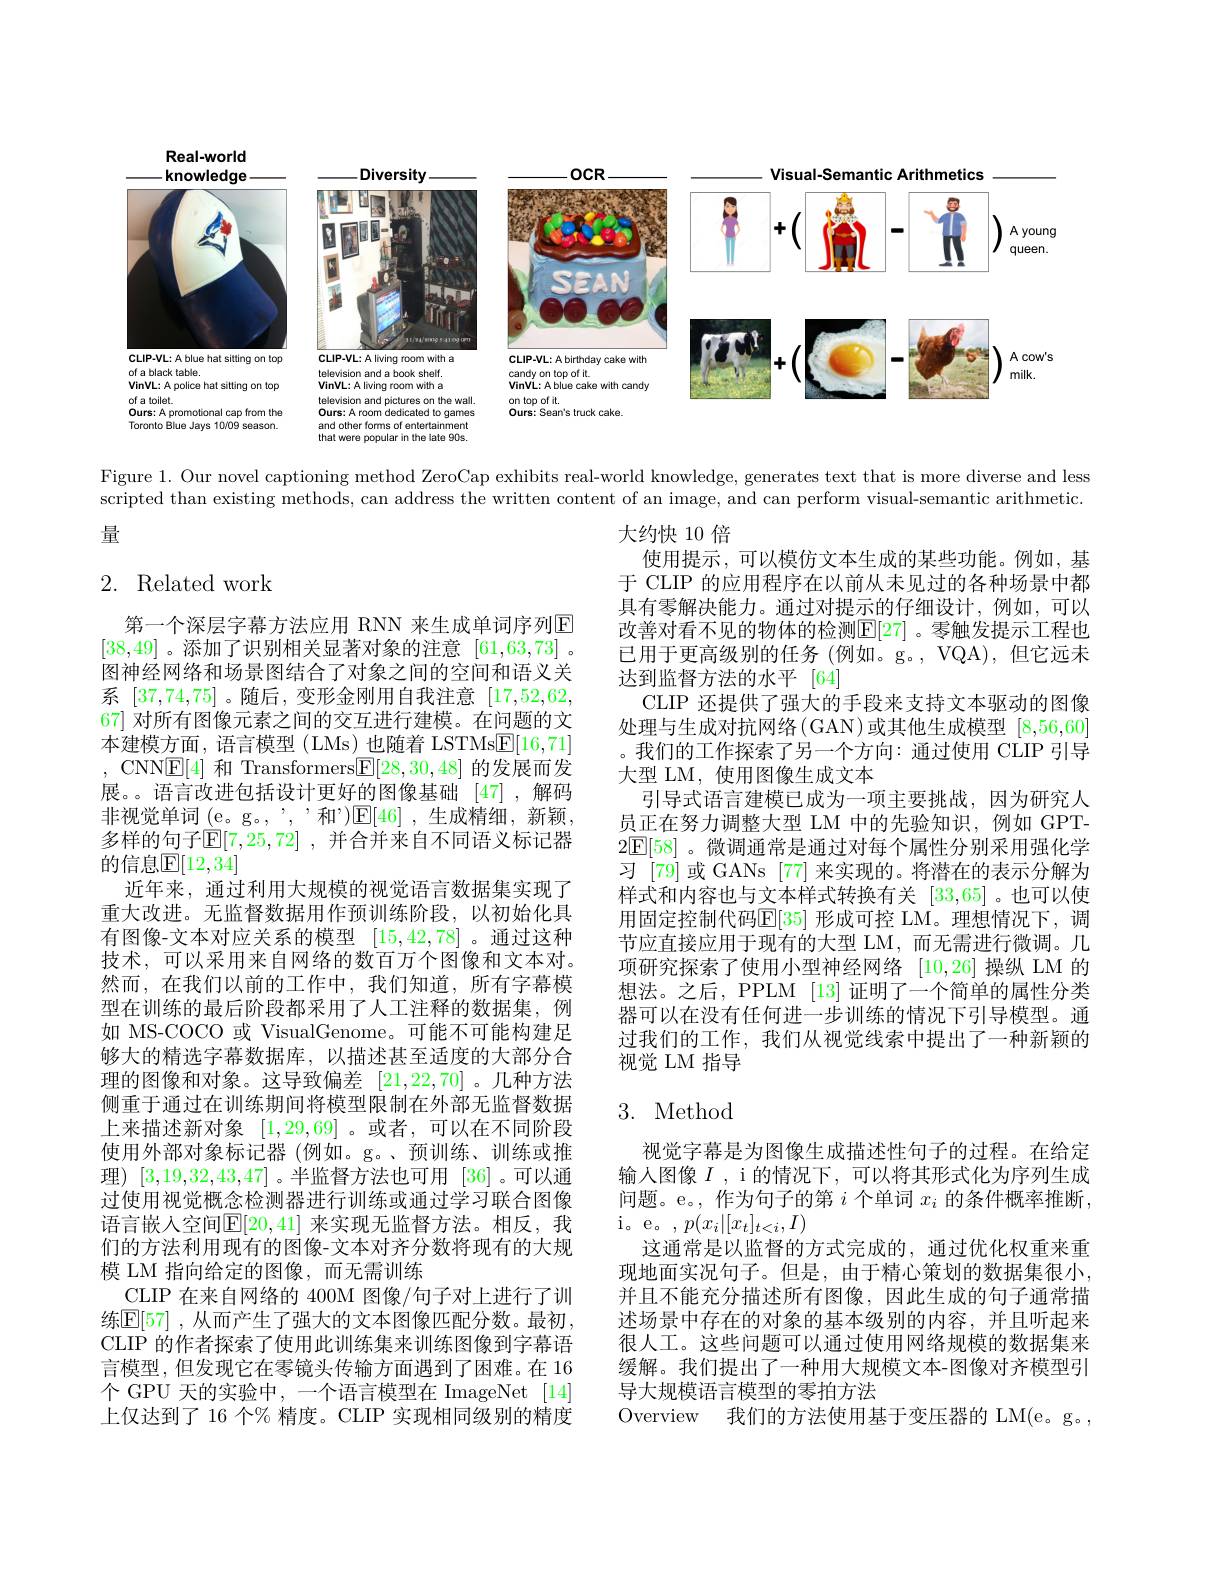
<FigureHere>

Figure 1. Our novel captioning method ZeroCap exhibits real-world knowledge, generates text that is more diverse and less scripted than existing methods, can address the written content of an image, and can perform visual-semantic arithmetic.

量

# 2. Related work

大约快 10 倍
使用提示，可以模仿文本生成的某些功能。例如，基于 CLIP 的应用程序在以前从未见过的各种场景中都具有零解决能力。通过对提示的仔细设计，例如，可以改善对看不见的物体的检测$\mathbb{E}[27]$ 。零触发提示工程也已用于更高级别的任务 (例如。g。, VQA), 但它远未达到监督方法的水平[64]
CLIP 还提供了强大的手段来支持文本驱动的图像处理与生成对抗网络(GAN)或其他生成模型[8,56,60] 。我们的工作探索了另一个方向：通过使用 CLIP 引导大型 LM, 使用图像生成文本
引导式语言建模已成为一项主要挑战，因为研究人员正在努力调整大型 LM 中的先验知识，例如 GPT- $2\boxed{\mathbb{E}}[58]$ 。微调通常是通过对每个属性分别采用强化学习 [79] 或 GANs [77] 来实现的。将潜在的表示分解为样式和内容也与文本样式转换有关[33,65]。也可以使用固定控制代码$\mathbb{E}[35]$ 形成可控 LM。理想情况下，调节应直接应用于现有的大型 LM,而无需进行微调。几项研究探索了使用小型神经网络[10,26]操纵 LM 的想法。之后，PPLM [13] 证明了一个简单的属性分类器可以在没有任何进一步训练的情况下引导模型。通过我们的工作，我们从视觉线索中提出了一种新颖的视觉 LM 指导

第一个深层字幕方法应用 RNN 来生成单词序列E [38,49]。添加了识别相关显著对象的注意[61,63,73] , 图神经网络和场景图结合了对象之间的空间和语义关系[37,74,75] 。随后，变形金刚用自我注意[17,52,62, 67] 对所有图像元素之间的交互进行建模。在问题的文本建模方面，语言模型 (LMs) 也随着 LSTMs$\underline{\mathrm{E}}[16,71]$ , CNNE[4] 和 Transformers$\boxed{\mathrm{F}}[28,30,48]$的发展而发展。语言改进包括设计更好的图像基础 [47] ,解码非视觉单词$\underline($e。g。, , , , 和 ' )☑[46] ,生成精细 ,新颖， 多样的句子$\overline{\mathbb{E}}[7,25,72]$ ,并合并来自不同语义标记器的信息$\mathbb{E}[12,34]$
近年来，通过利用大规模的视觉语言数据集实现了重大改进。无监督数据用作预训练阶段，以初始化具有图像-文本对应关系的模型[15,42,78] 。通过这种技术，可以采用来自网络的数百万个图像和文本对。然而，在我们以前的工作中，我们知道，所有字幕模型在训练的最后阶段都采用了人工注释的数据集，例如 MS-COCO 或 VisualGenome。可能不可能构建足够大的精选字幕数据库，以描述甚至适度的大部分合理的图像和对象。这导致偏差[21,22,70] 。几种方法侧重于通过在训练期间将模型限制在外部无监督数据上来描述新对象[1,29,69] 。或者，可以在不同阶段使用外部对象标记器 (例如。g。、预训练、训练或推理) [3,19,32,43,47] 。半监督方法也可用[36] 。可以通过使用视觉概念检测器进行训练或通过学习联合图像语言嵌人空间$\mathbb{E}[20,41]$ 来实现无监督方法。相反，我们的方法利用现有的图像-文本对齐分数将现有的大规模 LM 指向给定的图像，而无需训练
CLIP 在来自网络的 400M 图像/句子对上进行了训练$\mathbb{E}[57]$ ,从而产生了强大的文本图像匹配分数。最初， CLIP 的作者探索了使用此训练集来训练图像到字幕语言模型，但发现它在零镜头传输方面遇到了困难。在 16个 GPU 天的实验中，一个语言模型在 ImageNet [14] 上仅达到了 16 个% 精度。CLIP 实现相同级别的精度

# 3. Method

视觉字幕是为图像生成描述性句子的过程。在给定输入图像$I$ , i 的情况下，可以将其形式化为序列生成问题。e。, 作为句子的第$i$个单词$x_i$的条件概率推断， i。e。$, p( x_i| [ x_t] _{t< i}, I)$
这通常是以监督的方式完成的，通过优化权重来重现地面实况句子。但是，由于精心策划的数据集很小， 并且不能充分描述所有图像，因此生成的句子通常描述场景中存在的对象的基本级别的内容，并且听起来很人工。这些问题可以通过使用网络规模的数据集来缓解。我们提出了一种用大规模文本-图像对齐模型引导大规模语言模型的零拍方法
Overview 我们的方法使用基于变压器的 LM(e。g。,